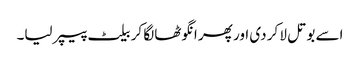
اسے بوتل لا کر دی اور پھر انگوٹھا لگا کر بیلٹ پیپر لیا۔